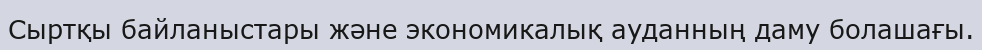
Сыртқы байланыстары және экономикалық ауданның даму болашағы.